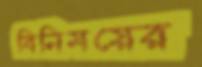
বিনিময়ের